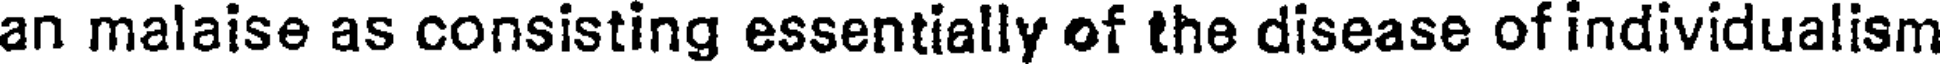
an malaise as consisting essentially of the disease of individualism